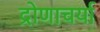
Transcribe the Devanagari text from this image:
द्रोणाचर्या